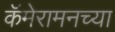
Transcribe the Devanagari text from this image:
कॅमेरामनच्या